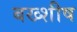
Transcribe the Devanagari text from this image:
बख्शीष